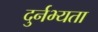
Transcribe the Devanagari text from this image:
दुर्नभ्यता